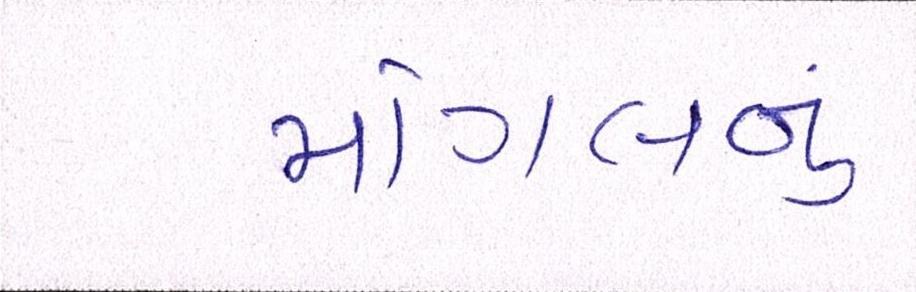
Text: મોગલનું